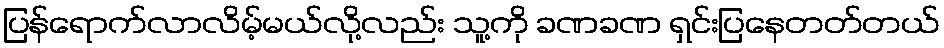
ပြန်ရောက်လာလိမ့်မယ်လို့လည်း သူ့ကို ခဏခဏ ရှင်းပြနေတတ်တယ်